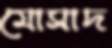
মোসাদ